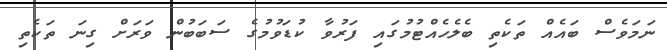
ނަމަވެސް ބައެއް ތަކެތި ބެލެހެއްޓުމުގައި ފަރުވާ ކުޑަވުމުގެ ސަބަބުން ވަރަށް ގިނަ ތަކެތި